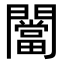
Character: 闣